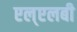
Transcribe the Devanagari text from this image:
एल्‌एलबी